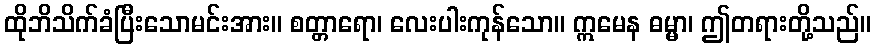
ထိုဘိသိက်ခံပြီးသောမင်းအား။ စတ္တာရော၊ လေးပါးကုန်သော။ ဣမေန ဓမ္မာ၊ ဤတရားတို့သည်။